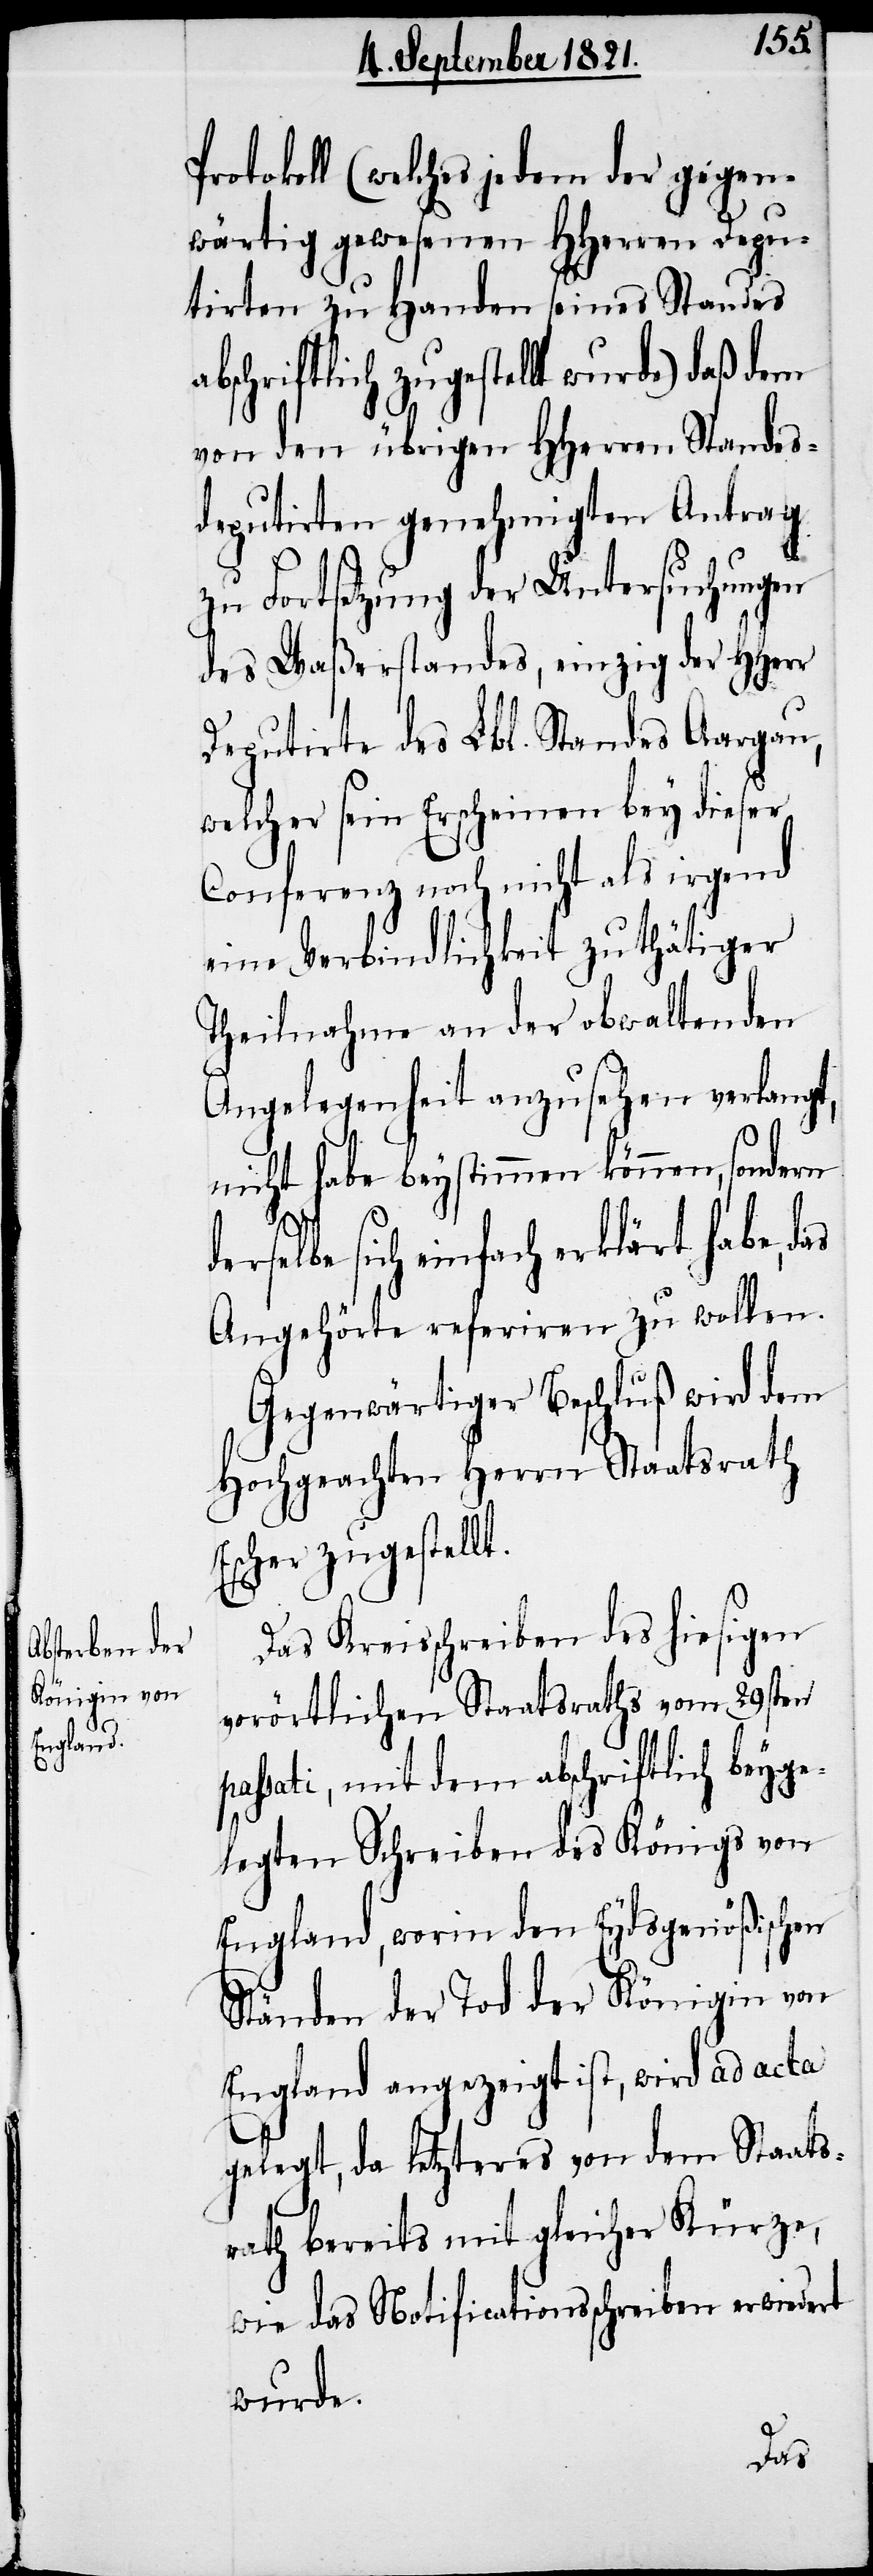
t.
Protokoll (welches jedem gegen¬
wärtig gewesenen HHerrn Depu¬
tirten zu Handen seines Standes
chriftlich zugestellt wurde) daß dem
von den übrigen HHerren Standes¬
deputirten genehmigten Antrag
zu Fortsetzung der Untersuchungen
des Waßerstandes, einzig der HHerr
Deputirte des Lbl. Standes Aargau,
welcher sein Erscheinen bey dieser
Conferenz noch nicht als irgend
eine Verbindlichkeit zu thätiger
Theilnahme an der obwaltenden
Angelegenheit anzusehen verlangt,
nicht habe beystimmen können, sondern
elbe sich einfach erklärt habe,
Angehörte referiren zu wollen.
Gegenwärtiger Beschluß wird dem
Hochgeachten Herrn Staatsrath
Escher zugestell¬
Das Kreisschreiben des hiesigen
vorörtlichen Staatsraths vom 29sten
passati, mit dem abschriftlich beyge¬
legten Schreiben des Königs von
England, worin den Eydsgenößischen
Ständen der Tod der Königin von
England angezeigt ist, wird ad acta
gelegt, da letzteres von dem Staats¬
rath bereits mit gleicher Kürze,
wie das Notificationsschreiben erwiedert
wurde.
das